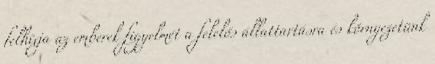
felhívja az emberek figyelmét a felelős állattartásra és környezetünk